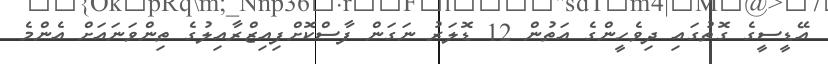
އޭޑީސީގެ ގޮތުގައި ދިވެހީންގެ އަތުން 12 ޑޮލަރު ނަގަން ފާސްކޮށްފިއިޒްރާއިލުގެ ތިންވަނައަށް އެންމެ